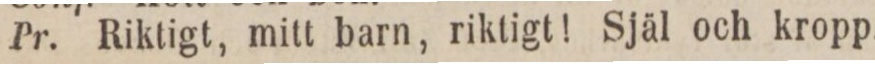
Pr. Riktigt, mitt barn, riktigt! Själ och kropp.